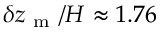
\delta z _ { \mathrm { ~ m ~ } } / H \approx 1 . 7 6